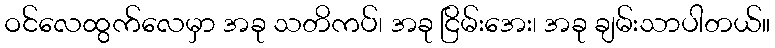
ဝင်လေထွက်လေမှာ အခု သတိကပ်၊ အခု ငြိမ်းအေး၊ အခု ချမ်းသာပါတယ်။